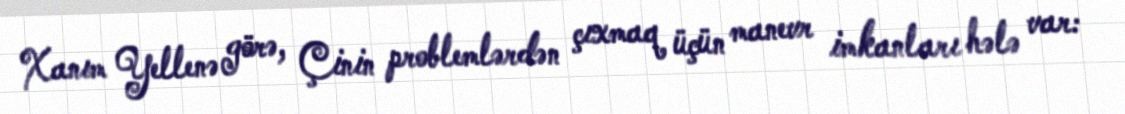
Xanım Yellenə görə, Çinin problemlərdən çıxmaq üçün manevr imkanları hələ var: